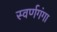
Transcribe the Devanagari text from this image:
स्वर्णगंगा